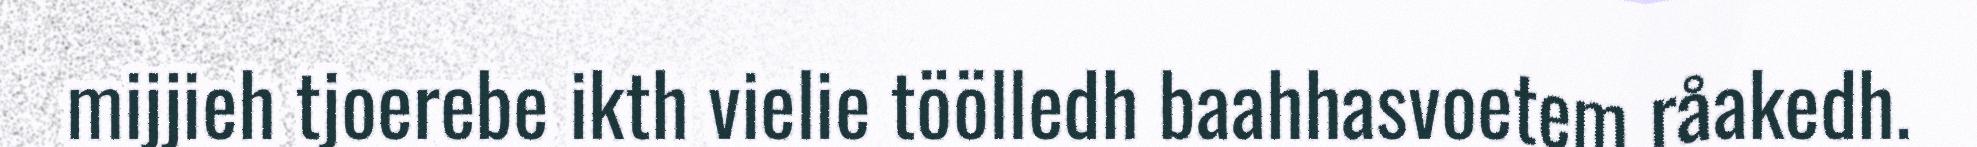
mijjieh tjoerebe ikth vielie töölledh baahhasvoetem råakedh.